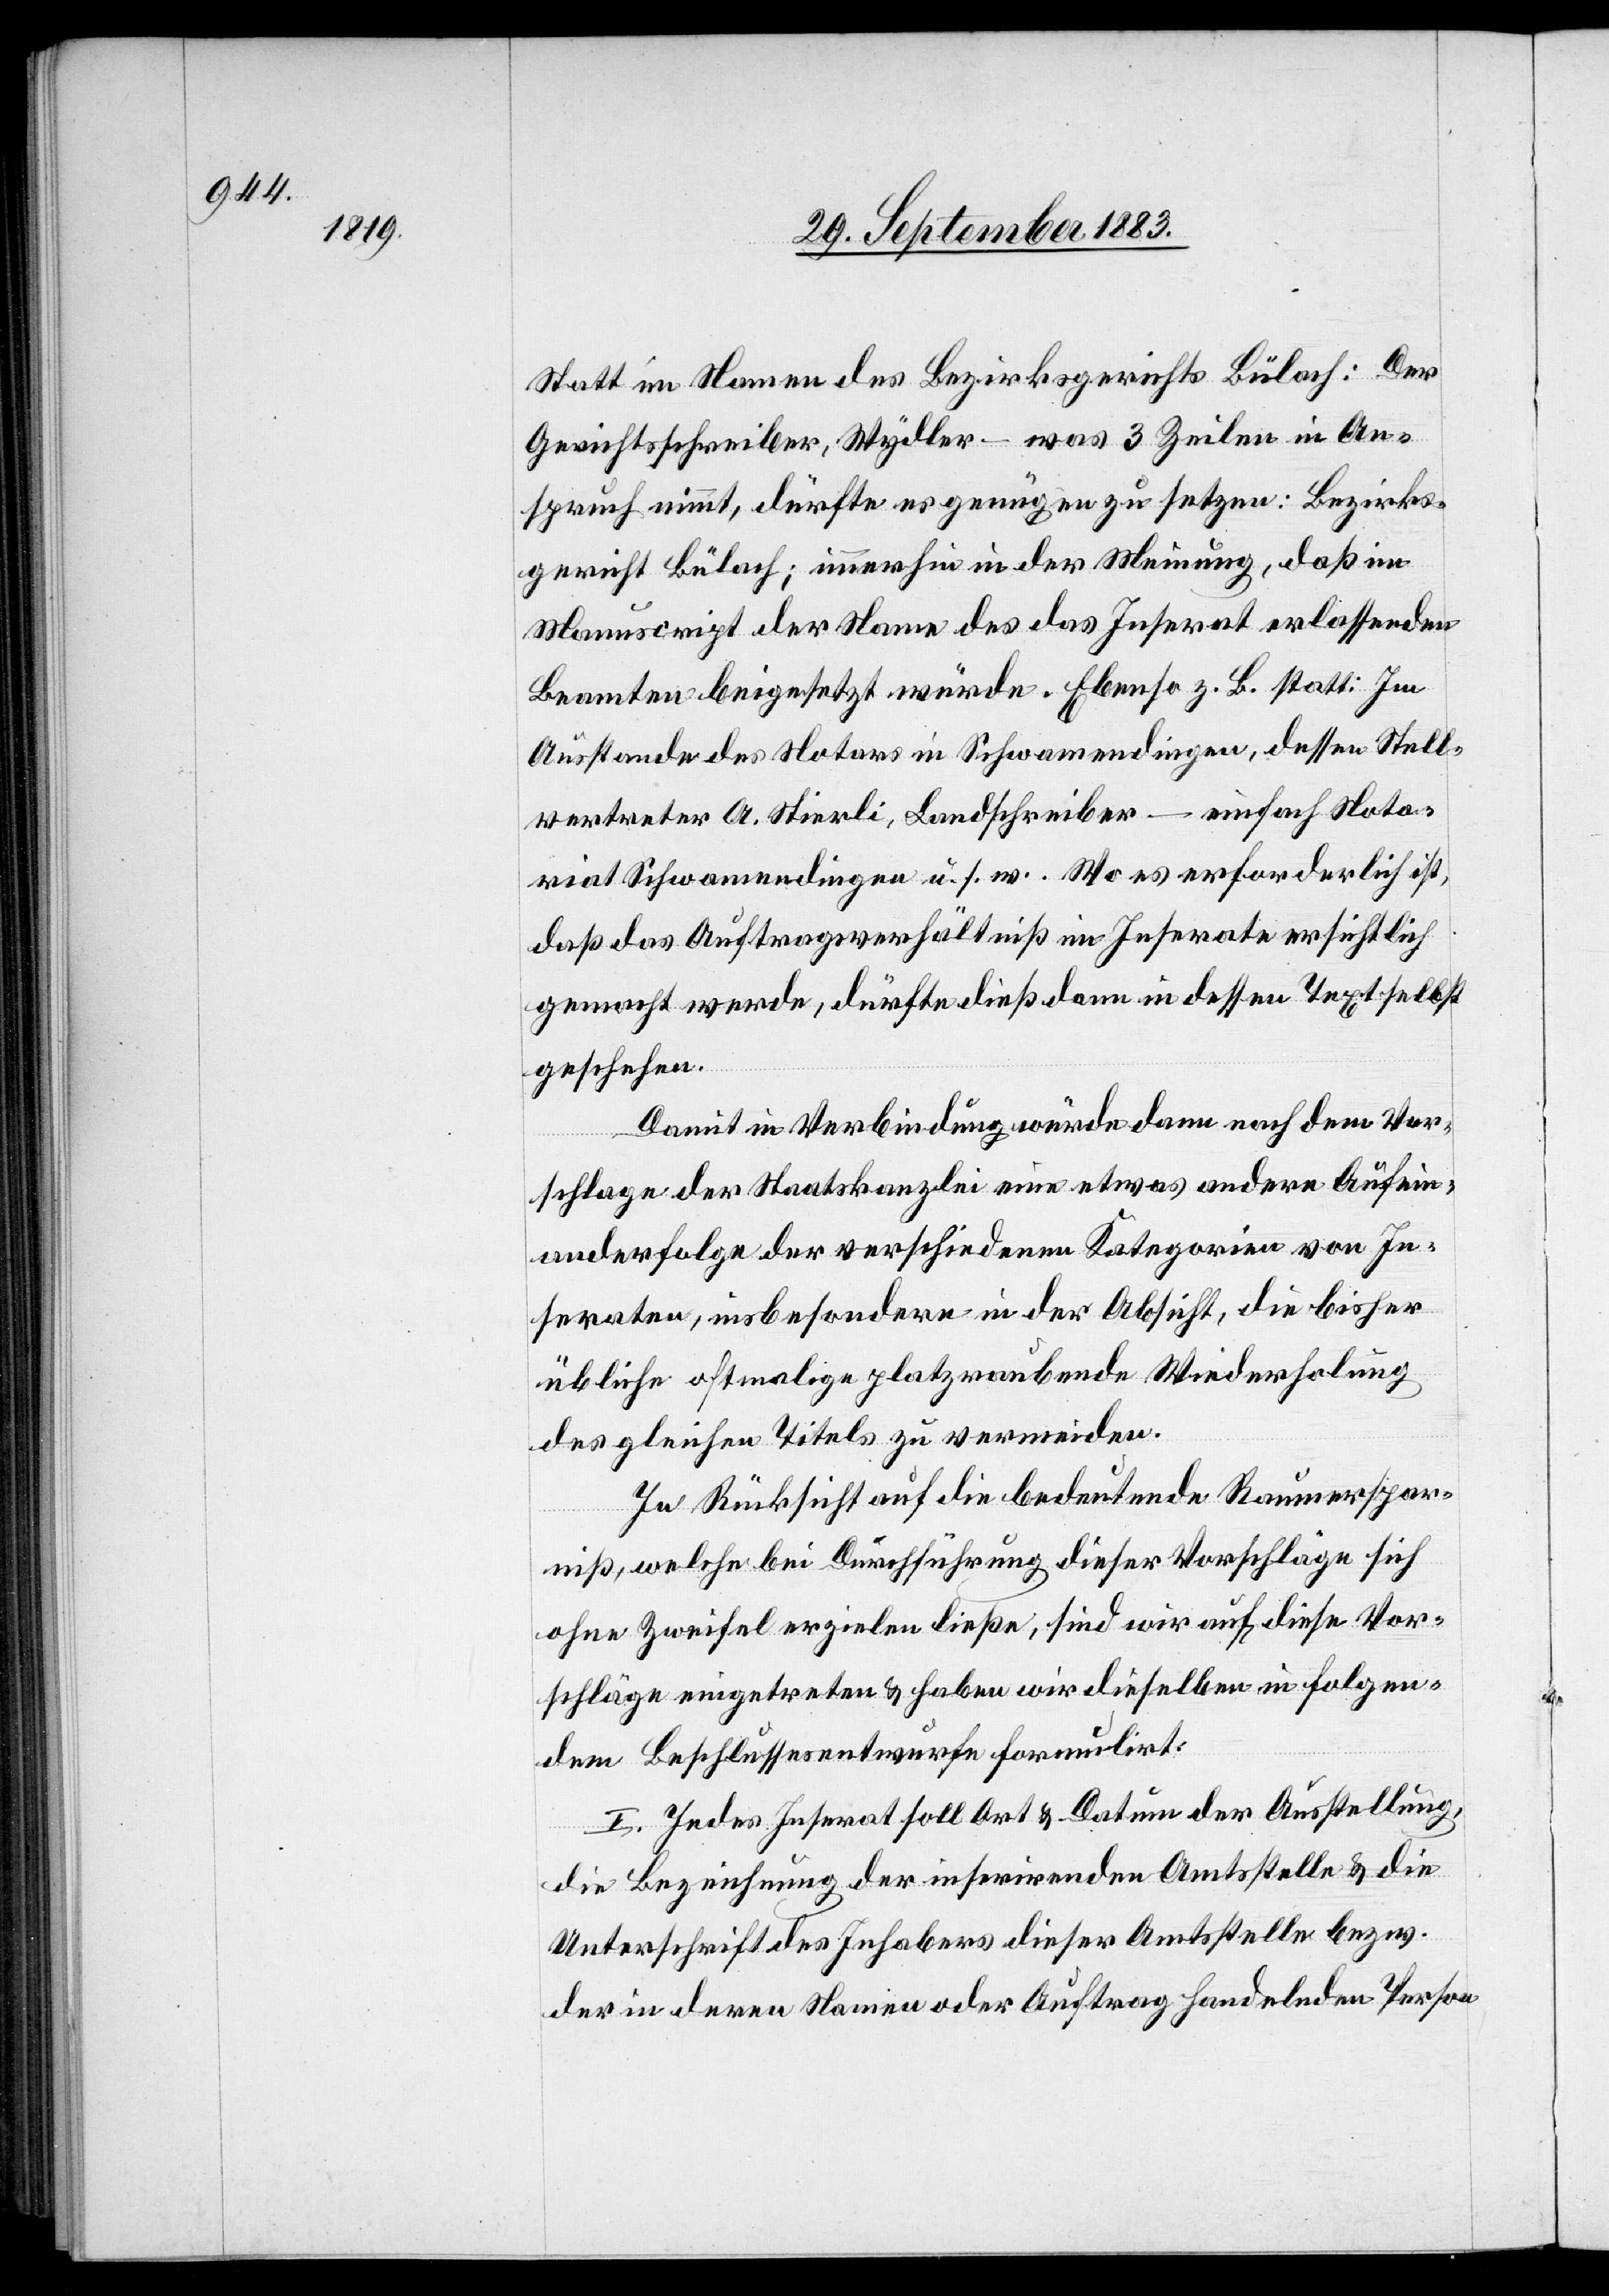
Statt im Namen des Bezirksgerichts Bülach: Der
Gerichtsschreiber, Wydler – was 3 Zeilen in An¬
spruch nimmt, dürfte es genügen zu setzen: Bezirks¬
gericht Bülach; immerhin in der Meinung, daß im
Manuscript der Name des das Inserat erlassenden
Beamten beigesetzt würde. Ebenso z. B. statt: Im
Ausstande des Notars in Schwamendingen, dessen Stell¬
vertreter A. Stierli, Landschreiber – einfach Nota¬
riat Schwamendingen u. s. w. Wo es erforderlich ist,
daß das Auftragsverhältniß im Inserate ersichtlich
gemacht werde, dürfte dieß dann in dessen Text selbst
geschehen.
Damit in Verbindung würde dann nach dem Vor¬
schlage der Staatskanzlei eine etwas andere Aufein¬
anderfolge der verschiedenen Kategorien von In¬
seraten, insbesondere in der Absicht, die bisher
übliche oftmalige platzraubende Wiederholung
des gleichen Titels zu vermeiden.
In Rücksicht auf die bedeutende Raumerspar¬
niß, welche bei Durchführung dieser Vorschläge sich
ohne Zweifel erzielen ließe, sind wir auf diese Vor¬
schläge eingetreten & haben wir dieselben in folgen¬
dem Beschlussesentwurfe formulirt:
I. Jedes Inserat soll Ort & Datum der Ausstellung,
die Bezeichnung der inserirenden Amtsstelle & die
Unterschrift des Inhabers dieser Amtsstelle bezw.
der in deren Namen oder Auftrag handelnden Person